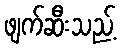
ဖျက်ဆီးသည့်